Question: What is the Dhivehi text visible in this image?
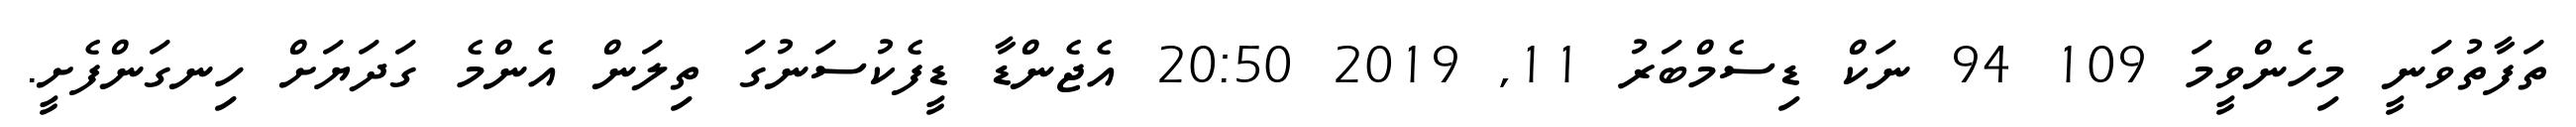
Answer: ތަފާތުވަނީ މިހެންވީމަ 109 94 ނަކް ޑިސެމްބަރު 11, 2019 20:50 އެޖެންޑާ ޑީފެކުސަނުގަ ތިލަން އެންމެ ގަދަޔަށް ހިނގަންފެށީ.